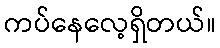
ကပ်နေလေ့ရှိတယ်။